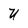
Character: U